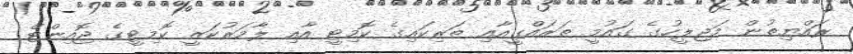
ރައްޔިތުން މަޖިލީހުގެ ގައުމީ ތަރައްގީއާއި ތަރިކައިގެ ކޮމިޓީ އާއި ލާމަރުކަޒީ ކޮމިޓީގެ ޖޮއިންޓް